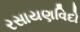
રસાયણવિદો